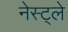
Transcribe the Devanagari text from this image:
नेस्ट्ले